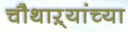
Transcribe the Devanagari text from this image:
चौथाऱ्यांच्या